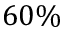
6 0 \%